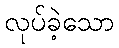
လုပ်ခဲ့သော